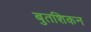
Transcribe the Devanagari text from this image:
बुतशिकन